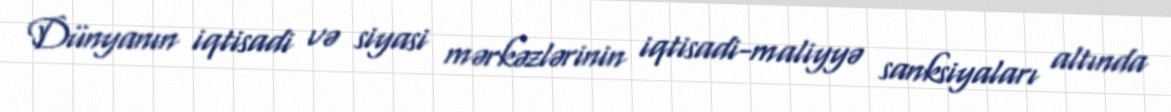
Dünyanın iqtisadi və siyasi mərkəzlərinin iqtisadi-maliyyə sanksiyaları altında